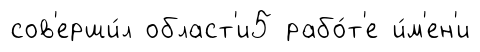
сов'ерши́л област'и5 рабо́т'е и́м'ен'и